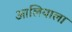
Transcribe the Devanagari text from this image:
आलियाला